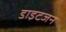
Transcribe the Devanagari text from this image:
डाइटजन